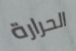
الحرارة